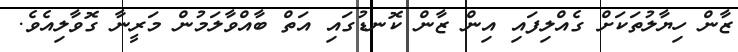
ޒާން ހިޔާލުތަކަށް ގެއްލިފައި އިން ޒާން ކޮނޑުގައި އަތް ބާއްވާލަމުން މަރީނާ ގޮވާލިއެވެ.